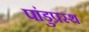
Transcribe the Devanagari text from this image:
पांडुप्रस्थ